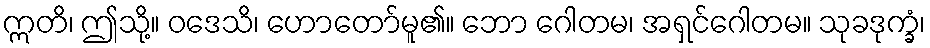
ဣတိ၊ ဤသို့။ ဝဒေသိ၊ ဟောတော်မူ၏။ ဘော ဂေါတမ၊ အရှင်ဂေါတမ။ သုခဒုက္ခံ၊